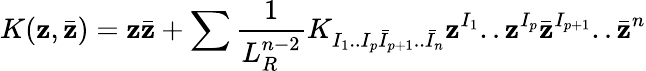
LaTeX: K(\mathbf{z},\bar{{\mathbf{z}}})=\mathbf{z}\bar{{\mathbf{z}}}+\sum{\frac{{1}}{{L_{R}^{n-2}}}}K_{I_{1}..I_{p}\bar{{I}}_{p+1}..\bar{{I}}_{n}}\mathbf{z}^{I_{1}}..\mathbf{z}^{I_{p}}\bar{{\mathbf{z}}}^{I_{p+1}}..\bar{{\mathbf{z}}}^{n}